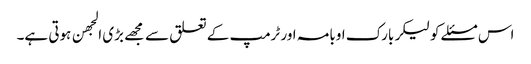
اس مسئلے کو لیکر بارک اوبامہ اور ٹرمپ کے تعلق سے مجهے بڑی الجهن ہوتی ہے۔